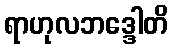
ရာဟုလဘဒ္ဒေါတိ